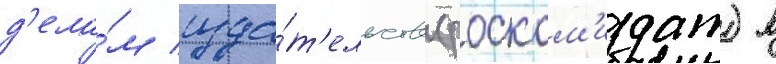
д'ела́м изда́т'ельств (роском'издат) в